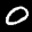
Label: 0